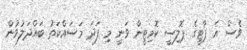
ވެސް އެ ޕާޓީގެ ޕޮލިސީ ކޮމިޓީން ވަނީ މި ފަދަ މަސައްކަތު ބައްދަލުވުން